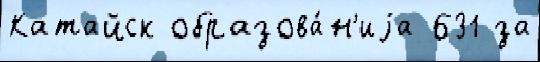
Катайск образова́н'иjа 631 за